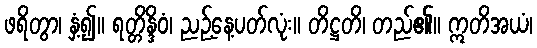
ဖရိတွာ၊ နှံ့၍။ ရတ္တိန္ဒိဝံ၊ ညဉ့်နေ့ပတ်လုံး။ တိဋ္ဌတိ၊ တည်၏။ ဣတိအယံ၊